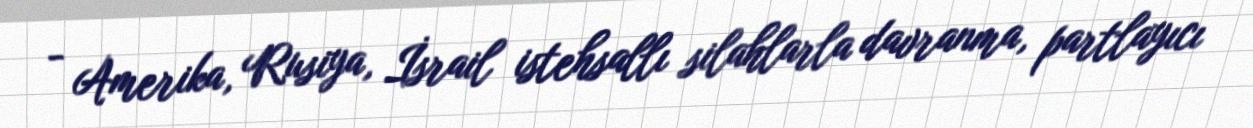
- Amerika, Rusiya, İsrail istehsallı silahlarla davranma, partlayıcı